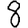
Digit: 8